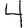
Digit: 4